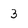
Character: 3